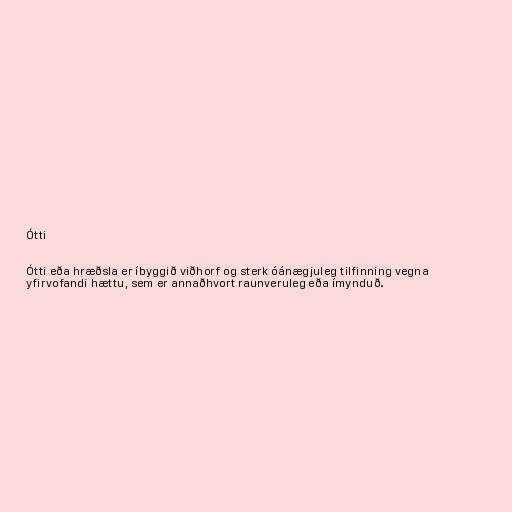
Ótti

Ótti eða hræðsla er íbyggið viðhorf og sterk óánægjuleg tilfinning vegna
yfirvofandi hættu, sem er annaðhvort raunveruleg eða ímynduð.